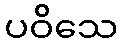
ပဝိသေ